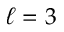
\ell = 3